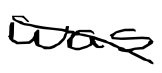
Text: was
Cross-out: diagonal
Writing tool: digital_black